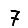
Digit: 7